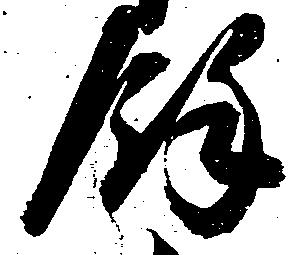
余